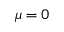
\mu = 0